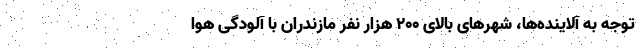
توجه به آلاینده‌ها، شهرهای بالای ۲۰۰ هزار نفر مازندران با آلودگی هوا